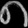
Digit: ၈